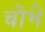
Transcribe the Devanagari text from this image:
चोभे